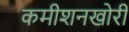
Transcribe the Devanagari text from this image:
कमीशनखोरी